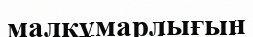
малқұмарлығын